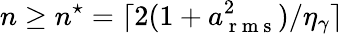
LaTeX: n\geq n^{\star}=\lceil 2(1+a_{\mathrm{~r~m~s~}}^{2})/\eta_{\gamma}\rceil